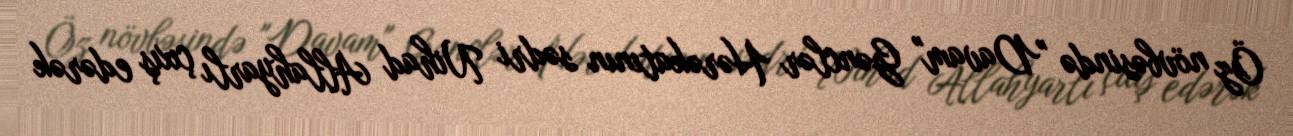
Öz növbəsində "Davam" Gənclər Hərəkatının sədri Nihad Allahyarlı çıxış edərək